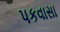
પકવાસા